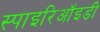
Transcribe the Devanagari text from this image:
स्पाइरिऑइडी